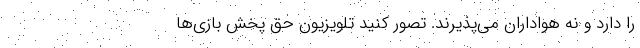
را دارد و نه هواداران می‌پذیرند. تصور کنید تلویزیون حق پخش بازی‌ها